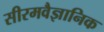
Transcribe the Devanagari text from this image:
सीरमवैज्ञानिक